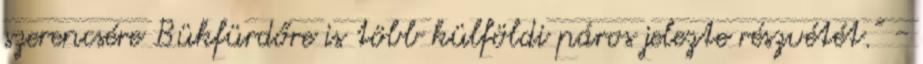
szerencsére Bükfürdőre is több külföldi páros jelezte részvétét.” -